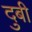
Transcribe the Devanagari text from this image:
दुबी